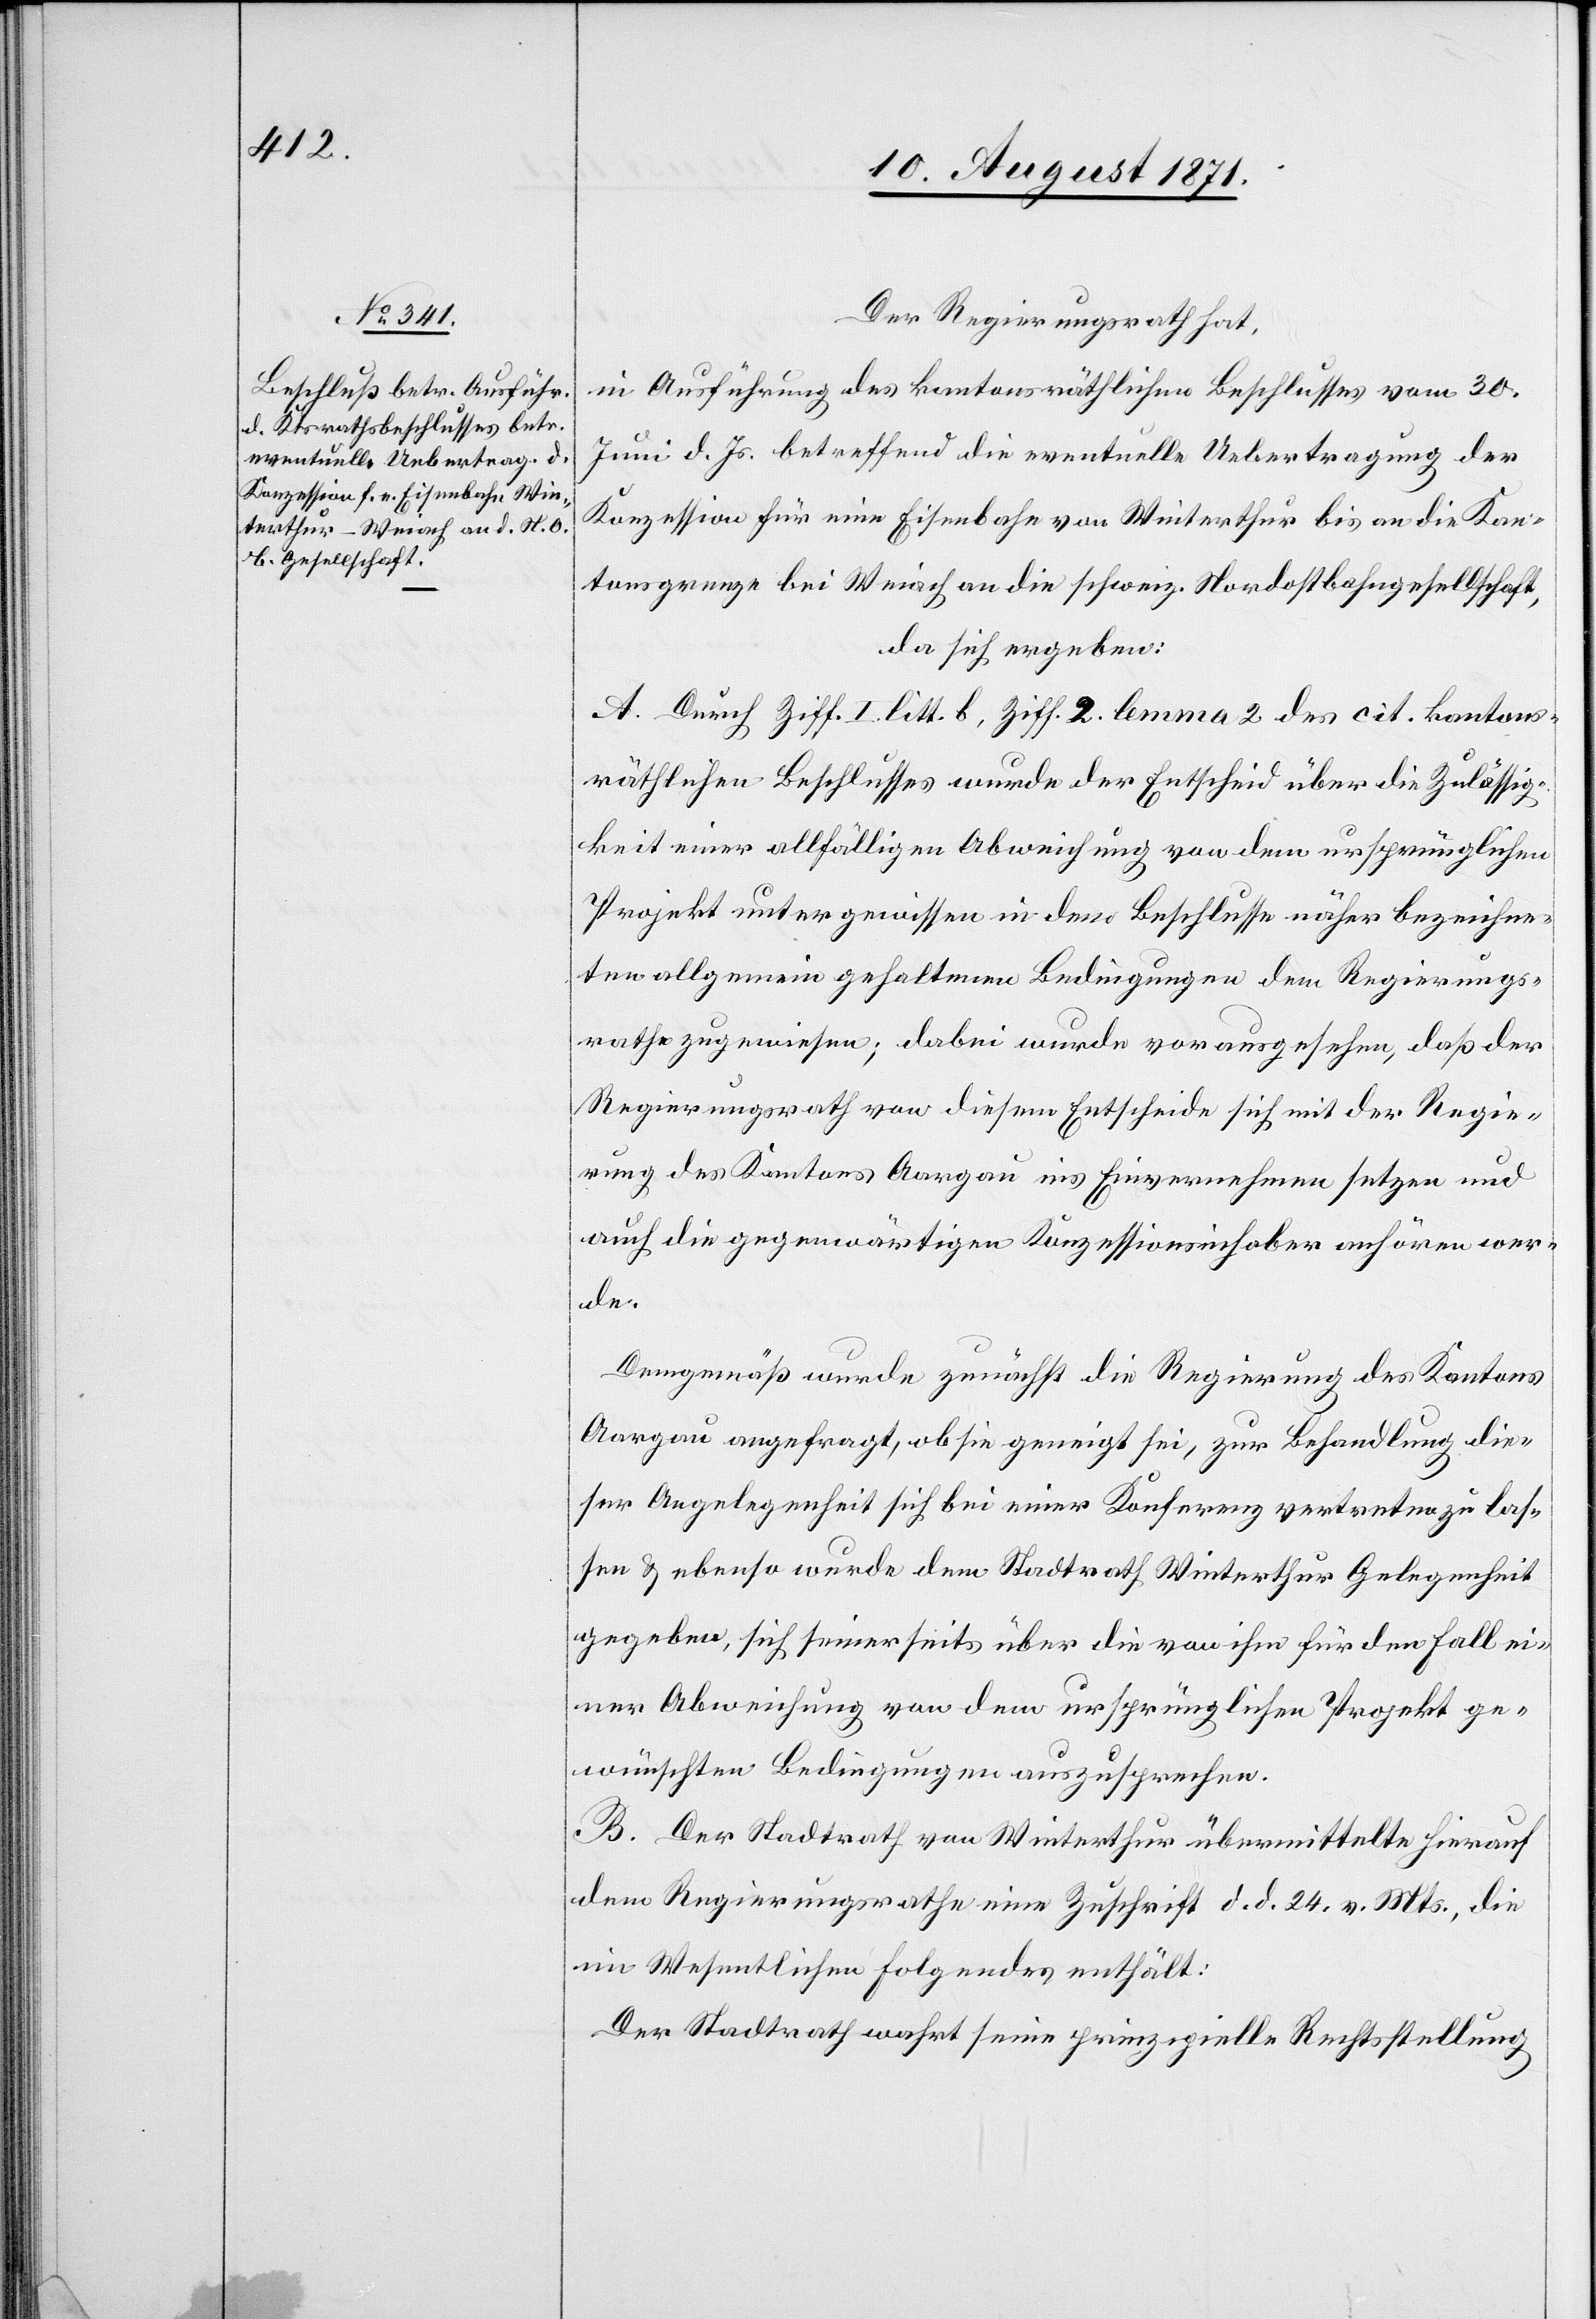
Der Regierungsrath hat,
in Ausführung des kantonsräthlichen Beschlusses vom 30.
Juni d. Js. betreffend die eventuelle Uebertragung der
Konzession für eine Eisenbahn von Winterthur bis an die Kan¬
tonsgrenze bei Weiach an die Schweiz. Nordostbahngesellschaft,
da sich ergeben:
A. Durch Ziff. I. litt. b, Ziff. 2. lemma 2 des cit. kantons¬
räthlichen Beschlusses wurde der Entscheid über die Zulässig¬
keit einer allfälligen Abweisung von dem ursprünglichen
Projekt unter gewissen in dem Beschlusse näher bezeichne¬
ten allgemein gehaltenen Bedingungen dem Regierungs¬
rathe zugewiesen; dabei wurde vorausgesehen, daß der
Regierungsrath von diesem Entscheide sich mit der Regie¬
rung des Kantons Aargau ins Einvernehmen setzen und
auch die gegenwärtigen Konzessionsinhaber anhören wer¬
de.
Demgemäß wurde zunächst die Regierung des Kantons
Aargau angefragt, ob sie geneigt sei, zur Behandlung die¬
ser Angelegenheit sich bei einer Konferenz vertreten zu las¬
sen & ebenso wurde dem Stadtrath Winterthur Gelegenheit
gegeben, sich seinerseits über die von ihm für den Fall ei¬
ner Abweisung von dem ursprünglichen Projekt ge¬
wünschten Bedingungen auszusprechen.
B. Der Stadtrath von Winterthur übermittelte hierauf
dem Regierungsrathe eine Zuschrift d. d. 24. v. Mts., die
im Wesentlichen folgendes erklärt:
Der Stadtrath wahrt seine prinzipielle Rechtsstellung